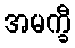
အမက္ခီ